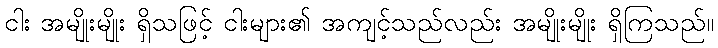
ငါး အမျိုးမျိုး ရှိသဖြင့် ငါးများ၏ အကျင့်သည်လည်း အမျိုးမျိုး ရှိကြသည်။